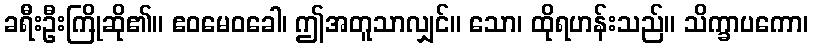
ခရီးဦးကြိုဆို၏။ ဧဝမေဝခေါ၊ ဤအတူသာလျှင်။ သော၊ ထိုရဟန်းသည်။ သိက္ခာပကော၊